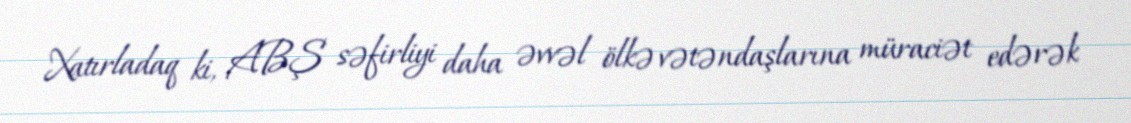
Xatırladaq ki, ABŞ səfirliyi daha əvvəl ölkə vətəndaşlarına müraciət edərək